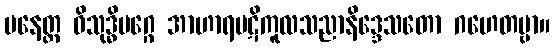
ပနေတ္ထ ဝိသုဒ္ဓိမဂ္ဂေ အာဟာရပဋိကူလသညာနိဒ္ဒေသတော ဂဟေတဗ္ဗာ။